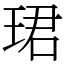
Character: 珺